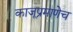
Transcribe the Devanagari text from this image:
काजूप्रमाणेच